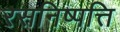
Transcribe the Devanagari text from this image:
रसनिष्पत्ति